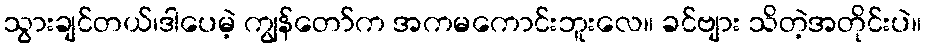
သွားချင်တယ်၊ဒါပေမဲ့ ကျွန်တော်က အကမကောင်းဘူးလေ။ ခင်ဗျား သိတဲ့အတိုင်းပဲ။